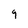
Character: 9